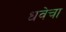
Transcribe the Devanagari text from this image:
धवेचा